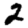
Digit: 2